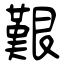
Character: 艱